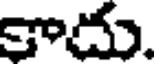
కాదు.